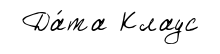
Да́та Клаус